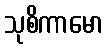
သုစိကာမော